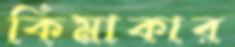
কিমাকার